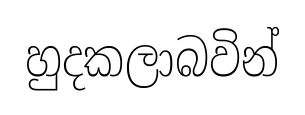
හුදකලාබවින්